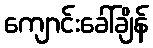
ကျောင်းခေါ်ချိန်